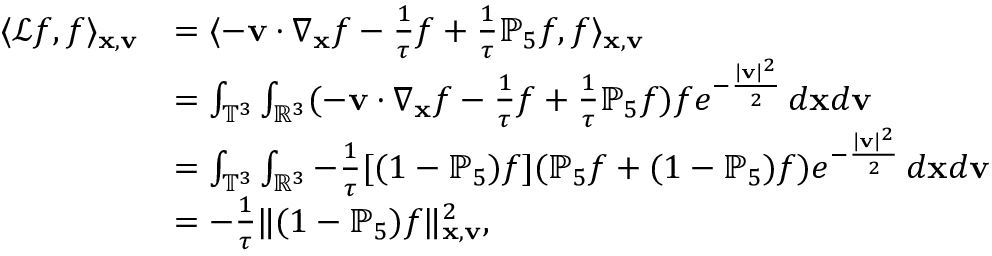
\begin{array} { r l } { \langle \mathcal { L } f , f \rangle _ { \mathbf { x } , \mathbf { v } } } & { = \langle - \mathbf { v } \cdot \nabla _ { \mathbf { x } } f - \frac { 1 } { \tau } f + \frac { 1 } { \tau } \mathbb { P } _ { 5 } f , f \rangle _ { \mathbf { x } , \mathbf { v } } } \\ & { = \int _ { \mathbb { T } ^ { 3 } } \int _ { \mathbb { R } ^ { 3 } } ( - \mathbf { v } \cdot \nabla _ { \mathbf { x } } f - \frac { 1 } { \tau } f + \frac { 1 } { \tau } \mathbb { P } _ { 5 } f ) f e ^ { - \frac { | \mathbf { v } | ^ { 2 } } { 2 } } \, d \mathbf { x } d \mathbf { v } } \\ & { = \int _ { \mathbb { T } ^ { 3 } } \int _ { \mathbb { R } ^ { 3 } } - \frac { 1 } { \tau } [ ( 1 - \mathbb { P } _ { 5 } ) f ] ( \mathbb { P } _ { 5 } f + ( 1 - \mathbb { P } _ { 5 } ) f ) e ^ { - \frac { | \mathbf { v } | ^ { 2 } } { 2 } } \, d \mathbf { x } d \mathbf { v } } \\ & { = - \frac { 1 } { \tau } \| ( 1 - \mathbb { P } _ { 5 } ) f \| _ { \mathbf { x } , \mathbf { v } } ^ { 2 } , } \end{array}